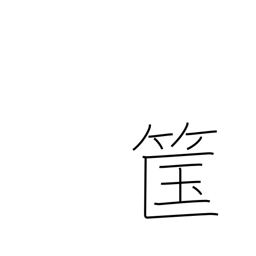
Meaning: bamboo basket